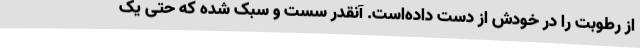
از رطوبت‌ را در خودش از دست داده‌است. آنقدر سست و سبک شده که حتی یک